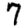
Digit: 7